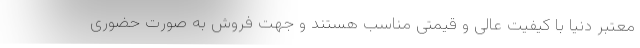
معتبر دنیا با کیفیت عالی و قیمتی مناسب هستند و جهت فروش به صورت حضوری